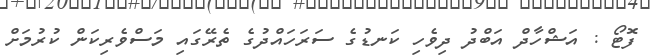
ފޮޓޯ : އަޝްހާދް އަބްދު ދިވެހި ކަނޑުގެ ސަރަހައްދުގެ ތެރޭގައި މަސްވެރިކަން ކުރުމަށް